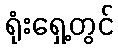
ရုံးရှေ့တွင်